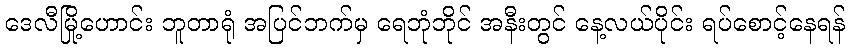
ဒေလီမြို့ဟောင်း ဘူတာရုံ အပြင်ဘက်မှ ရေဘုံဘိုင် အနီးတွင် နေ့လယ်ပိုင်း ရပ်စောင့်နေရန်